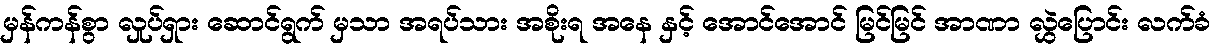
မှန်ကန်စွာ လှုပ်ရှား ဆောင်ရွက် မှသာ အရပ်သား အစိုးရ အနေ နှင့် အောင်အောင် မြင်မြင် အာဏာ လွှဲပြောင်း လက်ခံ